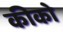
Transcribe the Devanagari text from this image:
कीको